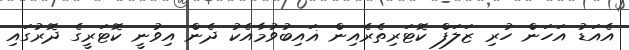
އެއަޑު އަހަން ހުރި ޒަލަފް ކޮޓަރިތެރެއިން ޣައިބުވުމާއެކު ދެން އިވުނީ ކޮޓަރީގެ ދޮރުގައި